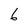
Character: 6